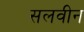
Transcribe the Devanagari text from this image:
सलवीन